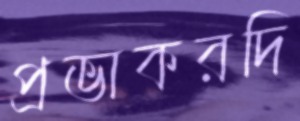
প্রভাকরদি